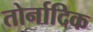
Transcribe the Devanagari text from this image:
तोर्नादिक